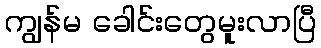
ကျွန်မ ခေါင်းတွေမူးလာပြီ